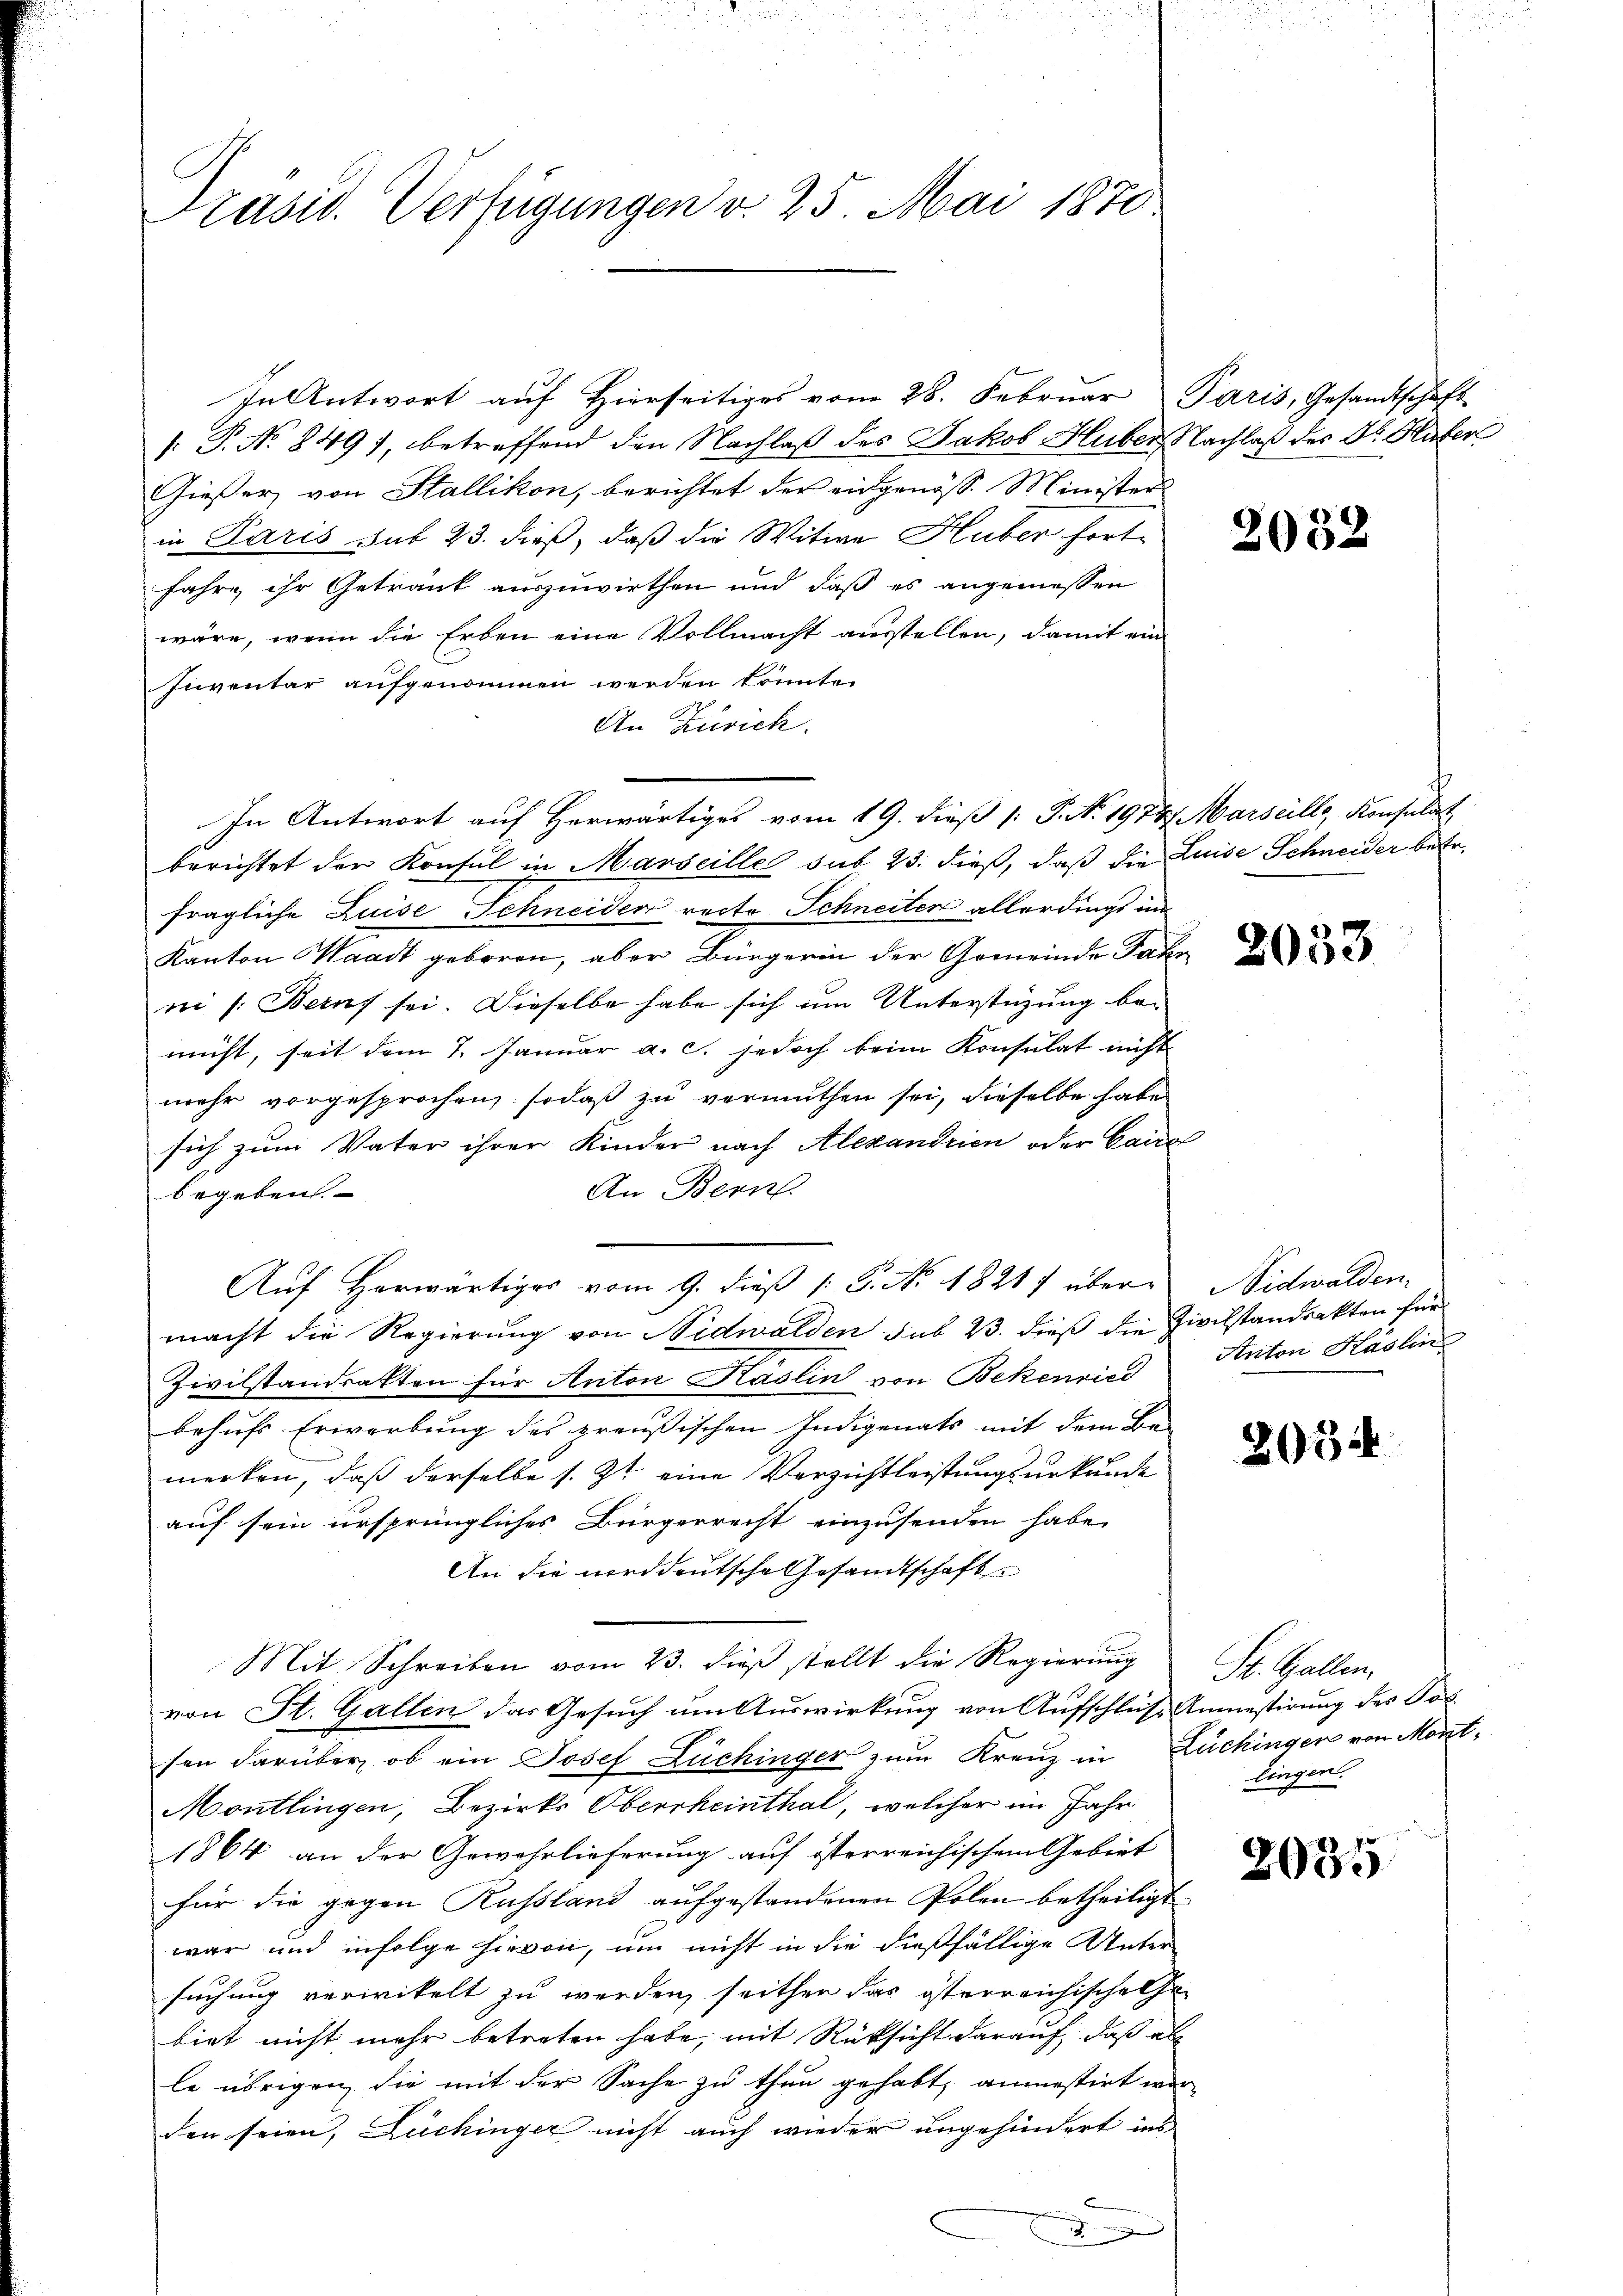
Präsid. Verfügungen v. 25. Mai 1870

In Antwort auf Hierseitiges vom 28. Februar Paris, Gesandtschaft
. P. No 849), betreffend den Nachlaß des Jakob Huber, Nachlaß der Dr. Huber
Gießer, von Stallikon, berichtet der eingenöss. Ministers
in Paris sub 23. dieß, daß die Witwe Huber fort-
fahre ihr Getrank auszuwirthen und daß es angemessen
wäre, wenn die Erben eine Vollmacht ausstellen, damit ein
Inventar aufgenommen werden könnte.
An Zürich.
In Antwort auf Herwärtiges vom 19. dieß [ P. N. 1974. Marseill, Konsulat
berichtet der Konsul in Marseille sub 23. dieß, daß die Luise Schneider betr.
fragliche Luise Schneider recte Schneiter allerdings in
Kanton Waadt geboren, aber Bürgerin der Gemeinde Jahr
ni /: Beruf sei. Dieselbe habe sich um Unterstüzung bemüht, seit dem 7. Januar a. c. jedoch beim Konsulat nicht
mehr vorgesprochen, sodaß zu vermuthen sei, dieselbe habe
sich zum Vater ihrer Kinder nach Alexandrien oder Canc
An Bern.
begeben.
Auf Horwärtiges vom 9. dieß [ P. No. 18217 übermacht die Regierung von Nidwalden sub 23. dieß die Zivilstandsakten für
Zivilstandratten für Anton Kaslin von Bekenried
behufs Erwerbung des preußischen Indigenats mit dem Be-
merken, daß derselbe s. Zt. eine Verzichtleistungsurkunde
auf sein ursprüngliches Bürgerrecht einzusenden habe.
An die norddeutsche Gesandtschaft
Mit Schreiben vom 23. dieß stellt die Regierung
von St. Gallen das Gesuch um Auswirkung von Aufschluß Anmestirung des Got
sen darüber, ob ein Josef Lüchinger zum Kreuz in Züchingen von Morit¬
Montlingen, Bezirks Oberrheinthal, welcher im Jahr
1864 an der Gewährlieferung auf isterreichischem Gebiet
für die gegen Russland aufgestandenen Polen betheiligt
war und infolge hievon, um nicht in die dießfällige Unter
suchung verwikelt zu werden, seither das österreichischehe
biet nicht mehr betreten habe, mit Rüksicht darauf, daß als
le übrigen, die mit der Sache zu thun gehabt, anmestirt wor-
den seien, Luchinger nicht auch wieder ungehindert ins
d

2032

2053

Nidwalden.
Anton Haslin

205

Si. Gallen.
lingen.

2035